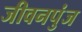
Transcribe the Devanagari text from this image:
जीवनपुंज